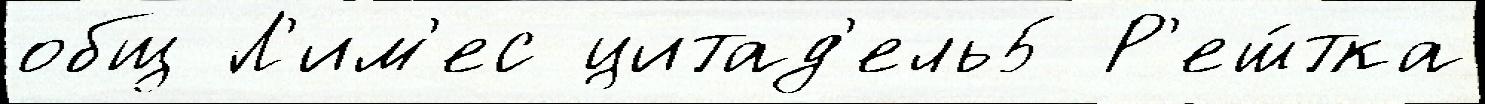
общ Л'им'ес цитад'ель5 Р'еш́тка